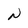
Character: N